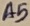
Text: A5